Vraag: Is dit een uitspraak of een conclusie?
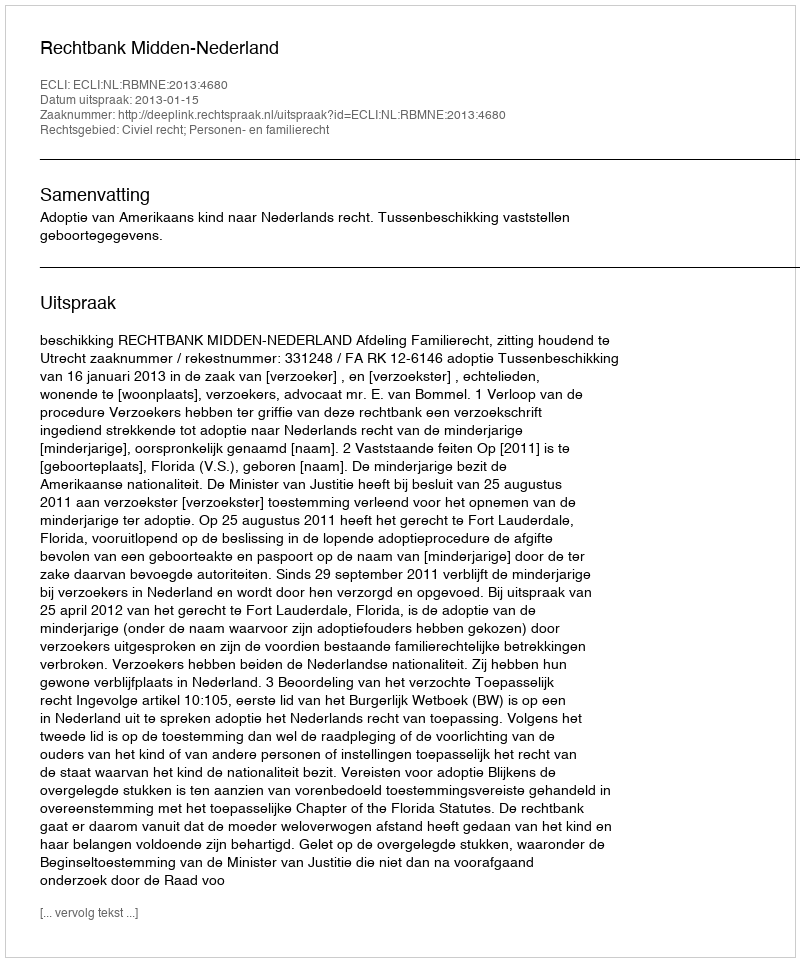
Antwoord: Uitspraak